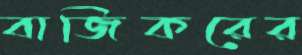
বাজিকরের